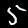
Digit: 5